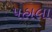
પહાલા